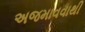
અજમાવવાથી